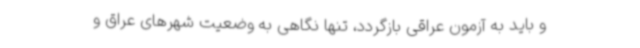
و باید به آزمون عراقی بازگردد، تنها نگاهی به وضعیت شهرهای عراق و